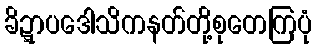
ခိဍ္ဋာပဒေါသိကနတ်တို့စုတေကြပုံ